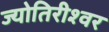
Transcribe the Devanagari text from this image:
ज्योतिरीश्‍वर